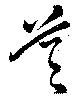
首